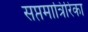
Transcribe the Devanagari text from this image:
सप्तमात्रिरिका